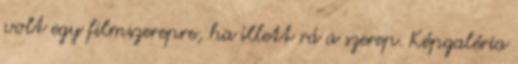
volt egy filmszerepre, ha illett rá a szerep. Képgaléria